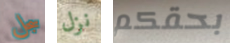
سجل نزل بحقكم